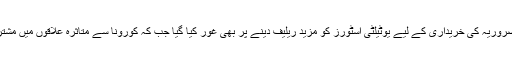
ذرائع کا کہنا ہے کہ ملاقات میں بنیادی اشیائے ضروریہ کی خریداری کے لیے یوٹیلٹی اسٹورز کو مزید ریلیف دینے پر بھی غور کیا گیا جب کہ کورونا سے متاثرہ علاقوں میں مشترکہ ریلیف آپریشن سے متعلق بھی گفتگو کی گئی۔